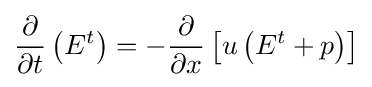
{\frac {\partial }{\partial t}}\left(E^{t}\right)=-{\frac {\partial }{\partial x}}\left[u\left(E^{t}+p\right)\right]